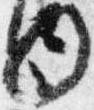
内